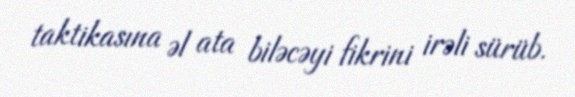
taktikasına əl ata biləcəyi fikrini irəli sürüb.